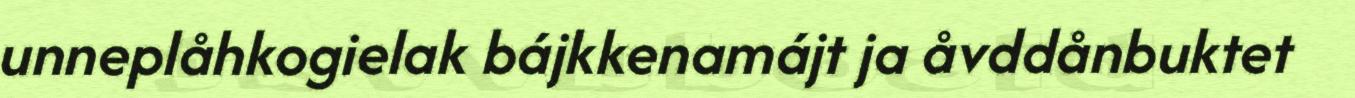
unneplåhkogielak bájkkenamájt ja åvddånbuktet